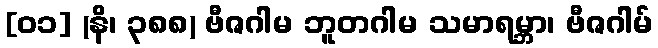
[၀၁] (နိ၊ ၃၈၈) ဗီဇဂါမ ဘူတဂါမ သမာရမ္ဘာ၊ ဗီဇဂါမ်